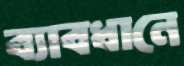
ব্যাবধানে